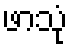
ဖာသုံ